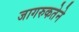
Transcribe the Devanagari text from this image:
जागरुकतेने